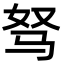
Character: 驽